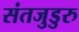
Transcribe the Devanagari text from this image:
संतजुडुरु